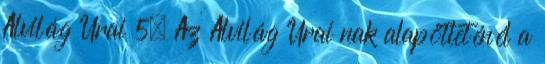
Alvilág Urai 5. Az Alvilág Urai nak alapötleténél a